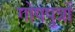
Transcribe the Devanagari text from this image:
गोपपुत्रों